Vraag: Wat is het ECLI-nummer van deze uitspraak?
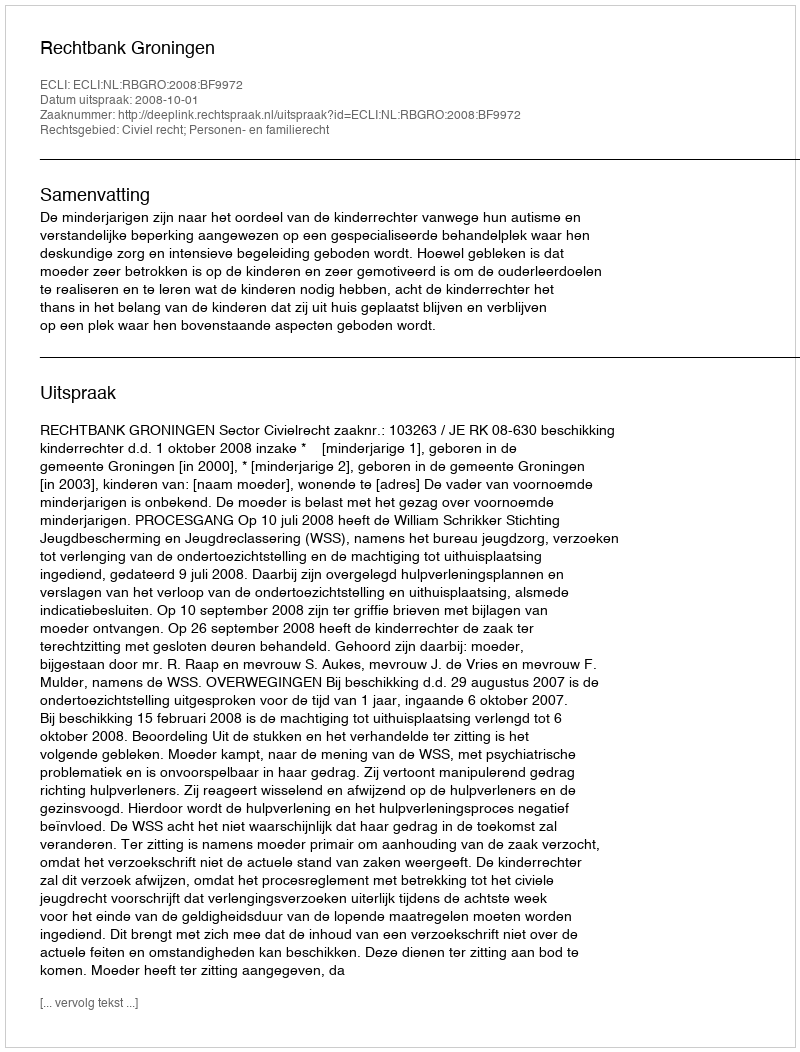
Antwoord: ECLI:NL:RBGRO:2008:BF9972